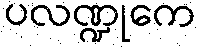
ပလဏ္ဍုကေ